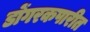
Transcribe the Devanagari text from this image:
डोंगरकपारीत